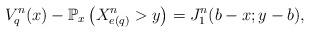
LaTeX: \begin{align*}V_q^n(x)-\mathbb P_x\left(X^n_{e(q)}> y\right)=J^n_1(b-x;y-b),\end{align*}